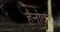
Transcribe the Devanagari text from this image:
हैनोवरों